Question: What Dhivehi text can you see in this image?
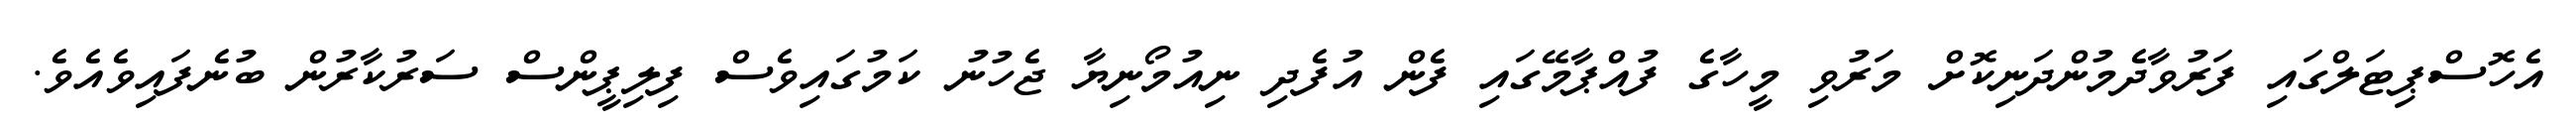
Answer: އެހޮސްޕިޓަލްގައި ފަރުވާދެމުންދަނިކޮށް މަރުވި މީހާގެ ފުއްޕާމޭގައި ފެން އުފެދި ނިއުމޯނިޔާ ޖެހުނު ކަމުގައިވެސް ފިލިޕީންސް ސަރުކާރުން ބުނެފައިވެއެވެ.